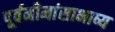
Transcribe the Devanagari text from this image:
पूर्वमीमांसाभाष्य